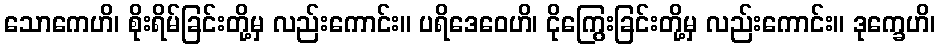
သောကေဟိ၊ စိုးရိမ်ခြင်းတို့မှ လည်းကောင်း။ ပရိဒေဝေဟိ၊ ငိုကြွေးခြင်းတို့မှ လည်းကောင်း။ ဒုက္ခေဟိ၊